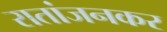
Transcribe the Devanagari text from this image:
रातांजनकर